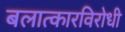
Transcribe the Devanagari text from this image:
बलात्कारविरोधी